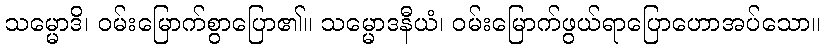
သမ္မောဒိ၊ ဝမ်းမြောက်စွာပြော၏။ သမ္မောဒနီယံ၊ ဝမ်းမြောက်ဖွယ်ရာပြောဟောအပ်သော။